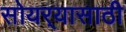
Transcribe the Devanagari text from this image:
सोयर्‍यासाठी